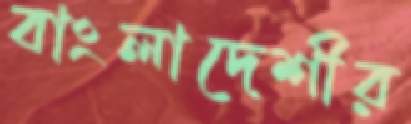
বাংলাদেশীর